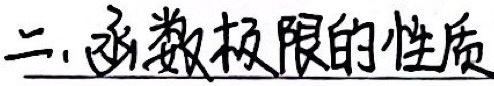
二. 函数极限的性质